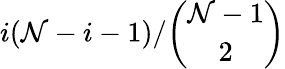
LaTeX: i(\mathcal{N}-i-1)/\binom{\mathcal{N}-1}{2}